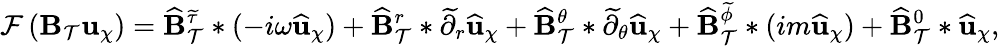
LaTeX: \mathcal{F}\left(\mathbf{B}_{\mathcal{T}}\mathbf{u}_{\chi}\right)=\widehat{\mathbf{B}}_{\mathcal{T}}^{\widetilde{\tau}}*(-i\omega\widehat{\mathbf{u}}_{\chi})+\widehat{\mathbf{B}}_{\mathcal{T}}^{r}*\widetilde{\partial}_{r}\widehat{\mathbf{u}}_{\chi}+\widehat{\mathbf{B}}_{\mathcal{T}}^{\theta}*\widetilde{\partial}_{\theta}\widehat{\mathbf{u}}_{\chi}+\widehat{\mathbf{B}}_{\mathcal{T}}^{{\widetilde{\phi}}}*(im\widehat{\mathbf{u}}_{\chi})+\widehat{\mathbf{B}}_{\mathcal{T}}^{0}*\widehat{\mathbf{u}}_{\chi},